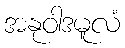
အနုဝါဒမူလံ